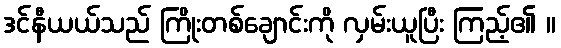
ဒင်နီယယ်သည် ကြိုးတစ်ချောင်းကို လှမ်းယူပြီး ကြည့်၏ ။